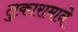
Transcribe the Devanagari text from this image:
तुकारामाने